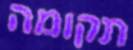
תקומה